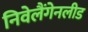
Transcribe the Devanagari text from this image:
निवेलैंगेनलीड